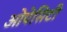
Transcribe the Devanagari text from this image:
ओपेसिटी